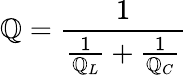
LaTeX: \mathbb{Q}={\frac{{1}}{{{\frac{{1}}{{\mathbb{Q}_{L}}}}+{\frac{{1}}{{\mathbb{Q}_{C}}}}}}}